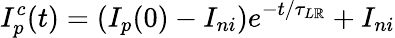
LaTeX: I_{p}^{c}(t)=(I_{p}(0)-I_{ni})e^{-t/\tau_{L\mathbb{R}}}+I_{ni}